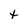
Character: t